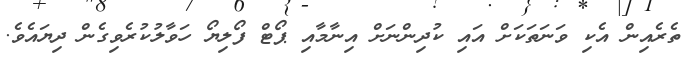
ތެރެއިން އެކި ވަނަތަކަށް އައި ކުދިންނަށް އިނާމާއި ޕޯޓް ފޯލިޔޯ ހަވާލުކުރެވިގެން ދިޔައެވެ.